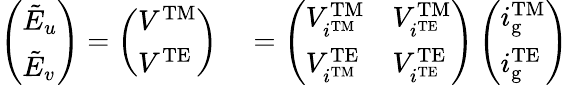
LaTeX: \begin{array}{rl}{\left(\begin{array}{l}{\tilde{E}_{u}}\\ {\tilde{E}_{v}}\end{array}\right)=\left(\begin{array}{l}{V^{\mathrm{TM}}}\\ {V^{\mathrm{TE}}}\end{array}\right)}&{{}=\left(\begin{array}{ll}{V_{i^{\mathrm{TM}}}^{\mathrm{TM}}}&{V_{i^{\mathrm{TE}}}^{\mathrm{TM}}}\\ {V_{i^{\mathrm{TM}}}^{\mathrm{TE}}}&{V_{i^{\mathrm{TE}}}^{\mathrm{TE}}}\end{array}\right)\left(\begin{array}{l}{i_{\mathrm{g}}^{\mathrm{TM}}}\\ {i_{\mathrm{g}}^{\mathrm{TE}}}\end{array}\right)}\end{array}